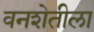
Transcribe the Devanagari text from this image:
वनशेतीला